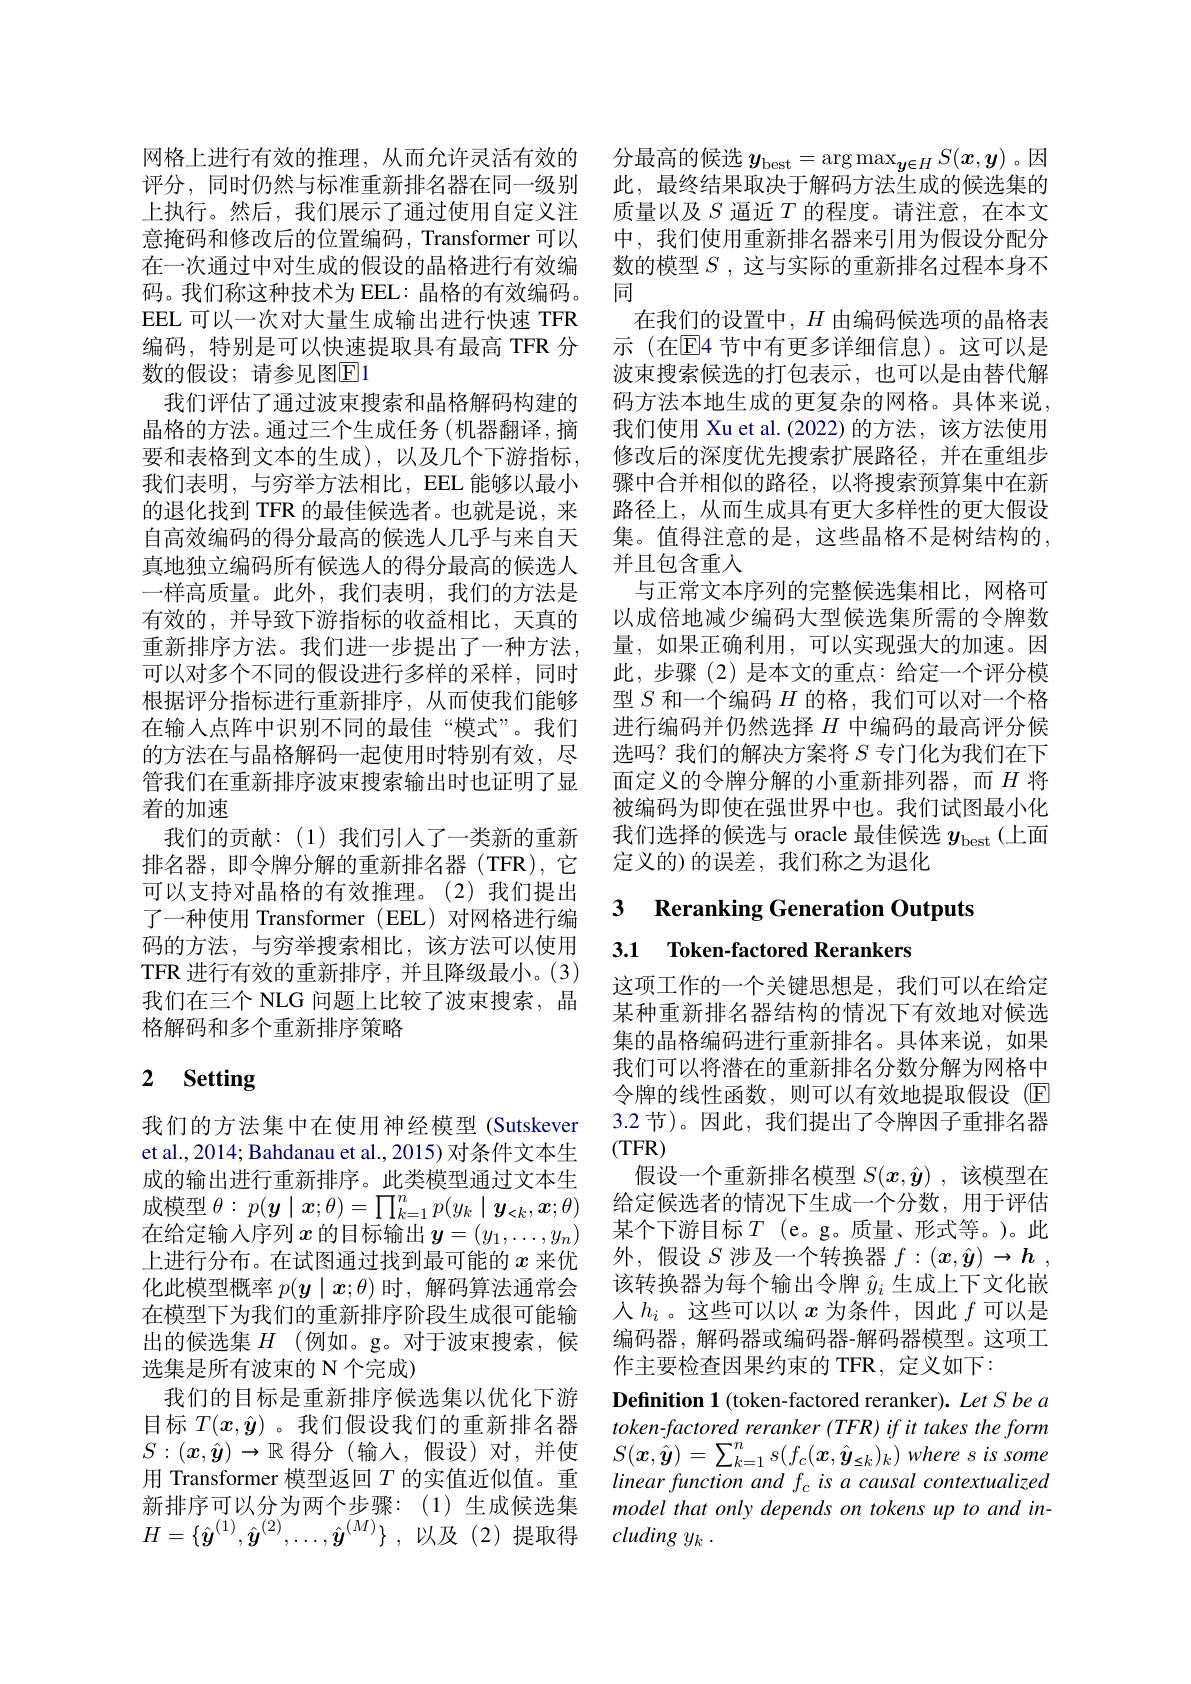
码。我们称这种技术为 EEL: 晶格的有效编码。EEL 可以一次对大量生成输出进行快速 TFR 编码，特别是可以快速提取具有最高 TFR 分数的假设；请参见图El
我们评估了通过波束搜索和晶格解码构建的晶格的方法。通过三个生成任务(机器翻译，摘的退化找到 TFR 的最佳候选者。也就是说，来一样高质量。此外，我们表明，我们的方法是可以对多个不同的假设进行多样的采样，同时根据评分指标进行重新排序，从而使我们能够在输入点阵中识别不同的最佳“模式”。我们的方法在与晶格解码一起使用时特别有效，尽管我们在重新排序波束搜索输出时也证明了显着的加速
我们的贡献：(1)我们引人了一类新的重新排名器，即令牌分解的重新排名器(TFR),它可以支持对晶格的有效推理。(2)我们提出了一种使用 Transformer(EEL)对网格进行编码的方法，与穷举搜索相比，该方法可以使用TFR 进行有效的重新排序，并且降级最小。(3) 我们在三个 NLG 问题上比较了波束搜索，晶格解码和多个重新排序策略

# 2 Setting

我们的方法集中在使用神经模型(Sutskever et al., 2014; Bahdanau et al., 2015) 对条件文本生成的输出进行重新排序。此类模型通过文本生成模型$\theta:p(\boldsymbol{y}\mid\boldsymbol{x};\theta)=\prod_{k=1}^np(y_k\mid\boldsymbol{y}_{<k},\boldsymbol{x};\theta)$ 在给定输入序列$x$ 的目标输出 $y=(y_1,\ldots,y_n)$ 上进行分布。在试图通过找到最可能的$x$来优化此模型概率$p(\boldsymbol{y}\mid\boldsymbol{x};\theta)$时，解码算法通常会在模型下为我们的重新排序阶段生成很可能输出的候选集 $H$ (例如。g。对于波束搜索，候选集是所有波束的 N 个完成)
我们的目标是重新排序候选集以优化下游目标$T(x,\hat{\boldsymbol{y}})$ 。我们假设我们的重新排名器$S:(\boldsymbol{x},\hat{\boldsymbol{y}})\to\mathbb{R}$得分(输入，假设)对，并使用 Transformer 模型返回$T$ 的实值近似值。重 linear function and $f_{\mathrm{c}}isacausalcontextualized$ 新排序可以分为两个步骤：(1)生成候选集 model that only depends on tokens up to and in- $H= \{ \hat{\boldsymbol{y}} ^{( 1) }, \hat{\boldsymbol{y}} ^{( 2) }, \ldots , \hat{\boldsymbol{y}} ^{( M) }\}$ ,以及(2)提取得

网格上进行有效的推理，从而允许灵活有效的 分最高的候选$\boldsymbol{y}_\mathrm{best}=\arg\max_{\boldsymbol{y}\in H}S(\boldsymbol{x},\boldsymbol{y})$。因评分，同时仍然与标准重新排名器在同一级别 此，最终结果取决于解码方法生成的候选集的上执行。然后，我们展示了通过使用自定义注 质量以及$S$ 逼近$T$ 的程度。请注意，在本文意掩码和修改后的位置编码，Transformer 可以 中，我们使用重新排名器来引用为假设分配分在一次通过中对生成的假设的晶格进行有效编 数的模型$S$ ,这与实际的重新排名过程本身不
同
在我们的设置中，$H$由编码候选项的晶格表示 (在$\overline{\mathrm{E}}$4 节中有更多详细信息)。这可以是波束搜索候选的打包表示，也可以是由替代解码方法本地生成的更复杂的网格。具体来说， 我们使用 Xu et al.(2022)的方法，该方法使用
要和表格到文本的生成),以及几个下游指标，修改后的深度优先搜索扩展路径，并在重组步我们表明，与穷举方法相比，EEL 能够以最小 骤中合并相似的路径，以将搜索预算集中在新
路径上，从而生成具有更大多样性的更大假设
自高效编码的得分最高的候选人几乎与来自天 集。值得注意的是，这些晶格不是树结构的，
真地独立编码所有候选人的得分最高的候选人 并且包含重人
与正常文本序列的完整候选集相比，网格可
有效的，并导致下游指标的收益相比，天真的 以成倍地减少编码大型候选集所需的令牌数重新排序方法。我们进一步提出了一种方法，量，如果正确利用，可以实现强大的加速。因
此，步骤(2)是本文的重点：给定一个评分模型$S$和一个编码$H$的格，我们可以对一个格进行编码并仍然选择$H$中编码的最高评分候选吗？我们的解决方案将$S$专门化为我们在下面定义的令牌分解的小重新排列器，而$H$ 将被编码为即使在强世界中也。我们试图最小化我们选择的候选与 oracle 最佳候选$y_\mathrm{best}$ (上面定义的)的误差，我们称之为退化

### 3 Reranking Generation Outputs 3.1 Token-factored Rerankers

这项工作的一个关键思想是，我们可以在给定某种重新排名器结构的情况下有效地对候选集的晶格编码进行重新排名。具体来说，如果我们可以将潜在的重新排名分数分解为网格中令牌的线性函数，则可以有效地提取假设(E) 3.2 节)。因此，我们提出了令牌因子重排名器(TFR)
假设一个重新排名模型$S(\boldsymbol{x},\hat{\boldsymbol{y}})$ ,该模型在给定候选者的情况下生成一个分数，用于评估某个下游目标$T$ (e。g。质量、形式等。)。此外，假设$S$涉及一个转换器$f: ( x, \hat{\boldsymbol{y}} ) \to h$ , 该转换器为每个输出令牌$\hat{y}_i$生成上下文化嵌人$h_i$。这些可以以$x$为条件，因此$f$可以是编码器，解码器或编码器-解码器模型。这项工作主要检查因果约束的 TFR, 定义如下：

Definition 1 (token-factored reranker). Let S be a $token- factored\textit{ reranker ( TFR) if it takes the form}$ $S(x,\hat{\boldsymbol{y}})=\sum_{k=1}^{n}s(f_{c}(\boldsymbol{x},\hat{\boldsymbol{y}}_{\leq k})_{k})wheresissome$ cluding $y_k$ .